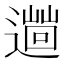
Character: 𨗞